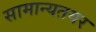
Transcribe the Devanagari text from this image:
सामान्यतयर